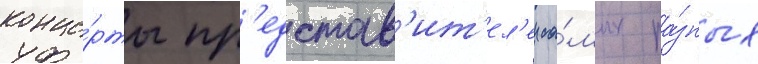
конце́рты пр'едстав'ит'ел'еи са́мых ра́зных